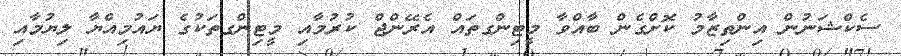
ސެކްޝަނުން އިންތިޒާމު ކޮށްގެން ބާއްވާ މީޓިންގތައް އެރޭންޖް ކުރުމާއި މީޓިންގތަކުގެ ޔައުމިއްޔާ ލިޔުމާއި